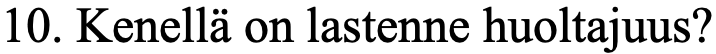
10. Kenellä on lastenne huoltajuus?